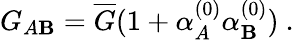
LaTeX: G_{A\mathbf{B}}=\overline{{{G}}}(1+\alpha_{A}^{(0)}\alpha_{\mathbf{B}}^{(0)})\ .